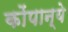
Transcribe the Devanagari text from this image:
कोंपान्ये